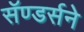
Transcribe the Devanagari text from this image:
सॅण्डर्सने